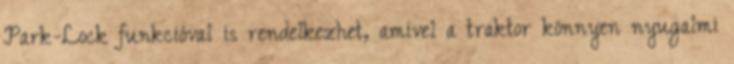
Park-Lock funkcióval is rendelkezhet, amivel a traktor könnyen nyugalmi